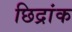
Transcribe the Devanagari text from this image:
छिद्रांक